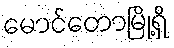
မောင်တောမြို့ရှိ